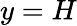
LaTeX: y=H